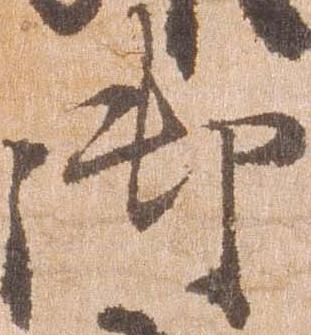
御